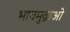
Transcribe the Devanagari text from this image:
भावमुद्राओं